Report on the lunatic asylums in Bengal - 1862-
Year: 1862
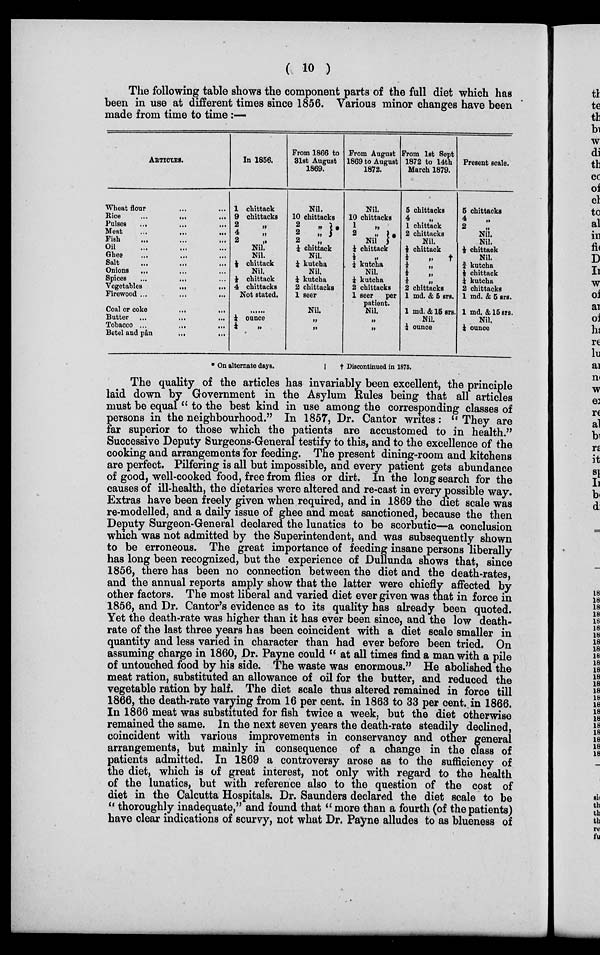
( 10 )
The following table shows the component parts of the full diet which has
been in use at different times since 1856. Various minor changes have been
made from time to time :—
ARTICLES.
Wheat floor ... ...
Rice
...
...
...
Pulses ... ... ...
Meat ... ... ...
Fish ... ... ...
Oil ... ... ...
Ghee ... ... ...
Salt ... ... ...
Onions ... ... ...
Spices ... ... ...
Vegetables ... ... ...
Firewood ... ... ...
Coal or coke ... ...
Butter ... ... ...
Tobacco ... ... ...
Betel and pân ... ...
In 1856.
1 chittack
9 chittacks
2 „
4 „
2 „
Nil.
Nil.
½ chittack
Nil.
½ chittack
4 chittacks
Not stated.
......
¼ ounce
¼
From 1866 to
31st August
1869.
Nil.
10 chittacks
2
„
2 „
0
2
¼ chittack
Nil.
½ kutcha
Nil.
¼ kutcha
2 chittacks
1 seer
Nil.
„
„
From August
1869 to August
1872.
Nil.
10 chittacks
1 „
2 „
Nil
0
¼ chittack
½
½ kutcha
Nil.
½ kutcha
2 chittack
1 seer per
patient
Nil.
„
„
From 1st Sept
1872 to 14th
March 1879.
5 chittacks
4 „
1 cbittack
2 cbittacks
Nil.
½ chittack
½ „ †
½ „
½ „
½
2 chittacks
1 md & 5 srs.
1 md & 15 srs.
Nil.
¼ ounce
Present scale.
5 chittacks
4 „
2
Nil.
Nil.
½ chittack
Nil.
½ kutcha
½ chittack
½ kutcha
2 chittacks
1 md & 5 srs.
1 md & 15 srs.
Nil.
¼ ounce
* On alternate days.
† Discontinued in 1875.
The quality of the articles has invariably been excellent, the principle
laid down by Government in the Asylum Rules being that all articles
must be equal " to the best kind in use among the corresponding classes of
persons in the neighbourhood." In 1857, Dr. Cantor writes: '' They are
far superior to those which the patients are accustomed to in health."
Successive Deputy Surgeons-General testify to this, and to the excellence of the
cooking and arrangements for feeding. The present dining-room and kitchens
are perfect. Pilfering is all but impossible, and every patient gets abundance
of good, well-cooked food, free from flies or dirt. In the long search for the
causes of ill-health, the dietaries were altered and re-cast in every possible way.
Extras have been freely given when required, and in 1869 the diet scale was
re-modelled, and a daily issue of ghee and meat sanctioned, because the then
Deputy Surgeon-General declared the lunatics to be scorbutic—a conclusion
which was not admitted by the Superintendent, and was subsequently shown
to be erroneous. The great importance of feeding insane persons liberally
has long been recognized, but the experience of Dullunda shows that, since
1856, there has been no connection between the diet and the death-rates,
and the annual reports amply show that the latter were chiefly affected by
other factors. The most liberal and varied diet ever given was that in force in
1856, and Dr. Cantor's evidence as to its quality has already been quoted.
Yet the death-rate was higher than it has ever been since, and the low death-
rate of the last three years has been coincident with a diet scale smaller in
quantity and less varied in character than had ever before been tried. On
assuming charge in 1860, Dr. Payne could " at all times find a man with a pile
of untouched food by his side. The waste was enormous." He abolished the
meat ration, substituted an allowance of oil for the butter, and reduced the
vegetable ration by half. The diet scale thus altered remained in force till
1866, the death-rate varying from 16 per cent. in 1863 to 33 per cent. in 1866.
In 1866 meat was substituted for fish twice a week, but the diet otherwise
remained the same. In the next seven years the death-rate steadily declined,
coincident with various improvements in conservancy and other general
arrangements, but mainly in consequence of a change in the class of
patients admitted. In 1869 a controversy arose as to the sufficiency of
the diet, which is of great interest, not only with regard to the health
of the lunatics, but with reference also to the question of the cost of
diet in the Calcutta Hospitals. Dr. Saunders declared the diet scale to be
" thoroughly inadequate," and found that "more than a fourth (of the patients)
have clear indications of scurvy, not what Dr. Payne alludes to as blueness of